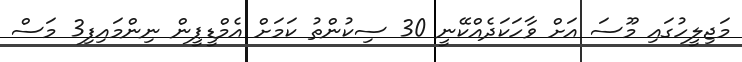
މަޖިލީހުގައި މޫސަ އަށް ވާހަކަދެއްކޭނީ 30 ސިކުންތު ކަމަށް އެމްޑީޕީން ނިންމައިފި3 މަސް